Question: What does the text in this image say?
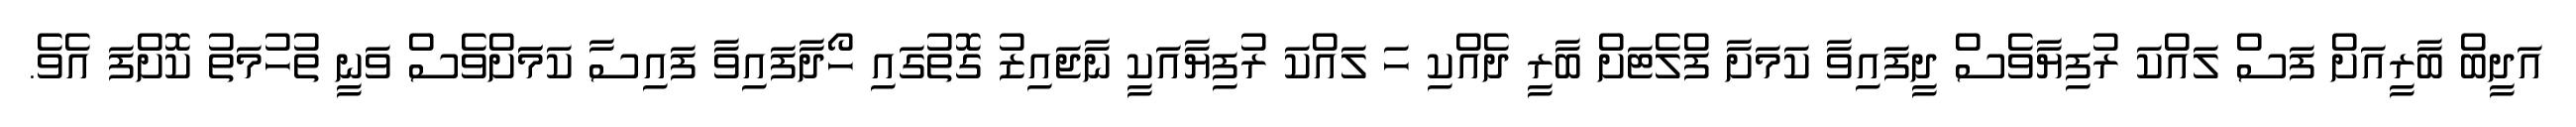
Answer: އަދީބް ބާރީއަށް ފަސް ލައްކަ ރުފިޔާވެސް ދީފައިވާ ކަމަށާ ފްލެޓަށް ބާރީ ދެއްކި ހަ ލައްކަ ރުފިޔާއަކީ ނާޖައިޒު ގޮތުގައި ހޯދާފައިވާ ފައިސާ ކަމަަށްވެސް ވަނީ ތުހުމަތު ކޮށްފަ އެވެ.